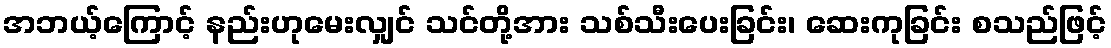
အဘယ့်ကြောင့် နည်းဟုမေးလျှင် သင်တို့အား သစ်သီးပေးခြင်း၊ ဆေးကုခြင်း စသည်ဖြင့်